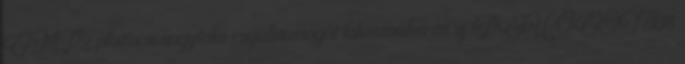
EMP2 platform nagyfokú rugalmasságát kihasználva az új PEUGEOT 308